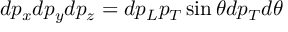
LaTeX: d p _ { x } d p _ { y } d p _ { z } = d p _ { L } p _ { T } \sin \theta d p _ { T } d \theta